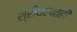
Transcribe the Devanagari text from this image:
श्रीधरपंतही